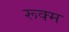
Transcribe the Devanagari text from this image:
रूक्म